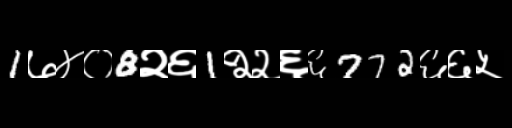
Text: 1७४०8२६1२२६६772६६५